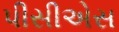
પીસીએસ